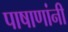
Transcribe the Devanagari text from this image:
पाषाणांनी